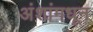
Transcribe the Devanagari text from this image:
अंशांमधून